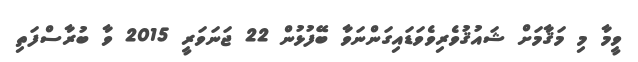
ވީމާ މި މަޤާމަށް ޝައުޤުވެރިވެވަޑައިގަންނަވާ ބޭފުޅުން 22 ޖަނަވަރީ 2015 ވާ ބުރާސްފަތި